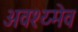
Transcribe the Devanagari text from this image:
अवश्य्मेव